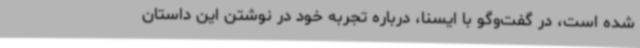
شده است، در گفت‌وگو با ایسنا، درباره تجربه خود در نوشتن این داستان